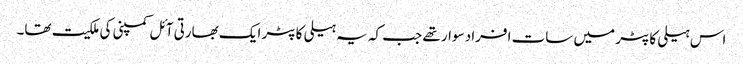
اس ہیلی کاپٹر میں سات افراد سوار تھے جب کہ یہ ہیلی کاپٹر ایک بھارتی آئل کمپنی کی ملکیت تھا۔